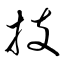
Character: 技